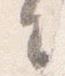
々